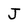
Character: J